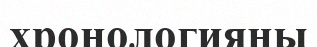
хронологияны